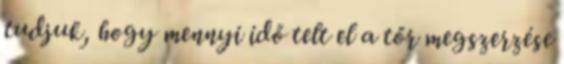
tudjuk, hogy mennyi idő telt el a tőr megszerzése